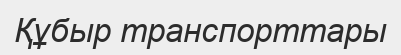
Құбыр транспорттары